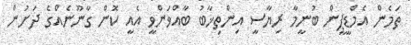
ތަމެން އެމްޑީޕީން ބުނީމާ ރިޔާސީ އިންތިޚާބު ބާއްވަންވީ އެއީ ކޮން ގާނޫނެއްގެ ދަށުން